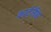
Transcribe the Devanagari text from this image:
कार्टलैंड